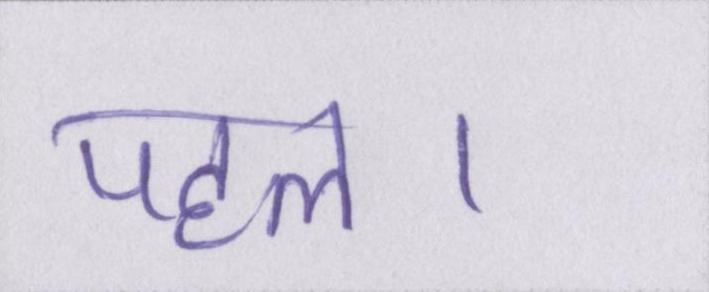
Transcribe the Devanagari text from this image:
पहल।